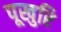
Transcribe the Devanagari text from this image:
पूखुरि